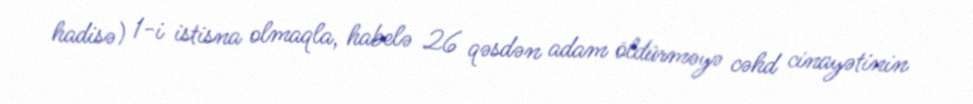
hadisə) 1-i istisna olmaqla, habelə 26 qəsdən adam öldürməyə cəhd cinayətinin